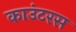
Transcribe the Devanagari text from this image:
काउंटरस